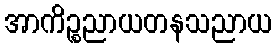
အာကိဉ္စညာယတနသညာယ